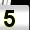
Digit: 5